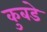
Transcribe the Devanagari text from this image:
कुबडे